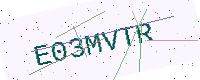
Text: E03MVTR